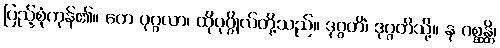
ပြည့်စုံကုန်၏။ တေ ပုဂ္ဂလာ၊ ထိုပုဂ္ဂိုလ်တို့သည်။ ဒုဂ္ဂတိံ၊ ဒုဂ္ဂတိသို့။ န ဂစ္ဆန္တိ၊